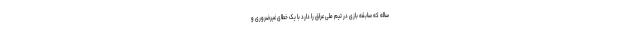
ساله که سابقه بازی در تیم ملی عراق را دارد با یک خطای غیرضروری و